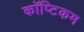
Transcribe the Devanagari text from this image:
कॉप्टिकम